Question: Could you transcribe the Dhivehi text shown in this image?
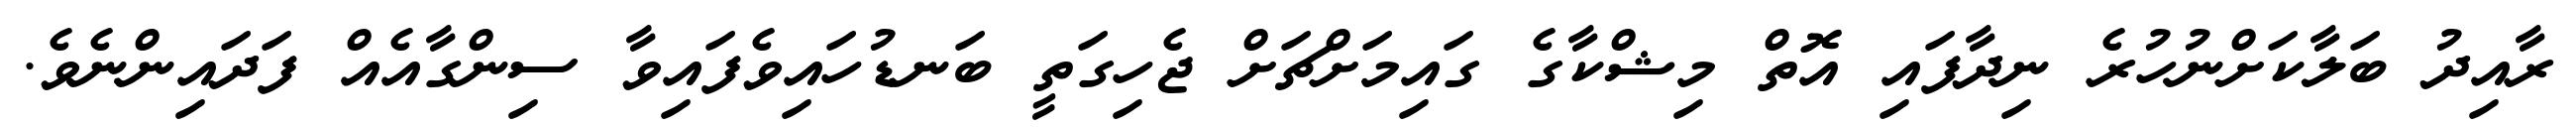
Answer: ރާއިދު ބަލާކަށްނުހުރެ ނިދާފައި އޮތް މިޝްކާގެ ގައިމަށްޗަށް ޖެހިގަތީ ބަނޑުހައިވެފައިވާ ސިންގާއެއް ފަދައިންނެވެ.